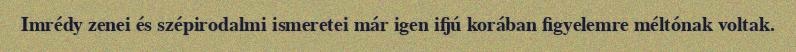
Imrédy zenei és szépirodalmi ismeretei már igen ifjú korában figyelemre méltónak voltak.